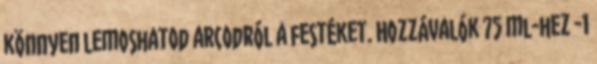
könnyen lemoshatod arcodról a festéket. Hozzávalók 75 ml-hez -1